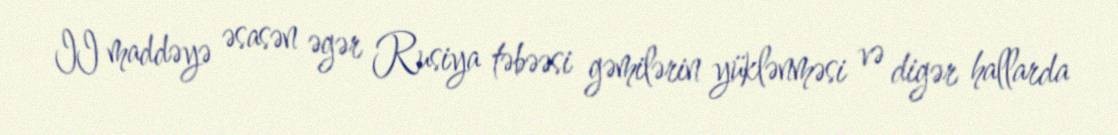
II maddəyə əsasən əgər Rusiya təbəəsi gəmilərin yüklənməsi və digər hallarda